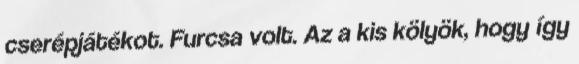
cserépjátékot. Furcsa volt. Az a kis kölyök, hogy így